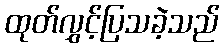
ထုတ်လွှင့်ပြသခဲ့သည်